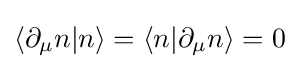
\langle \partial _{\mu }n|n\rangle =\langle n|\partial _{\mu }n\rangle =0